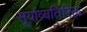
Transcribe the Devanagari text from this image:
सूर्याव्यतिरिक्त